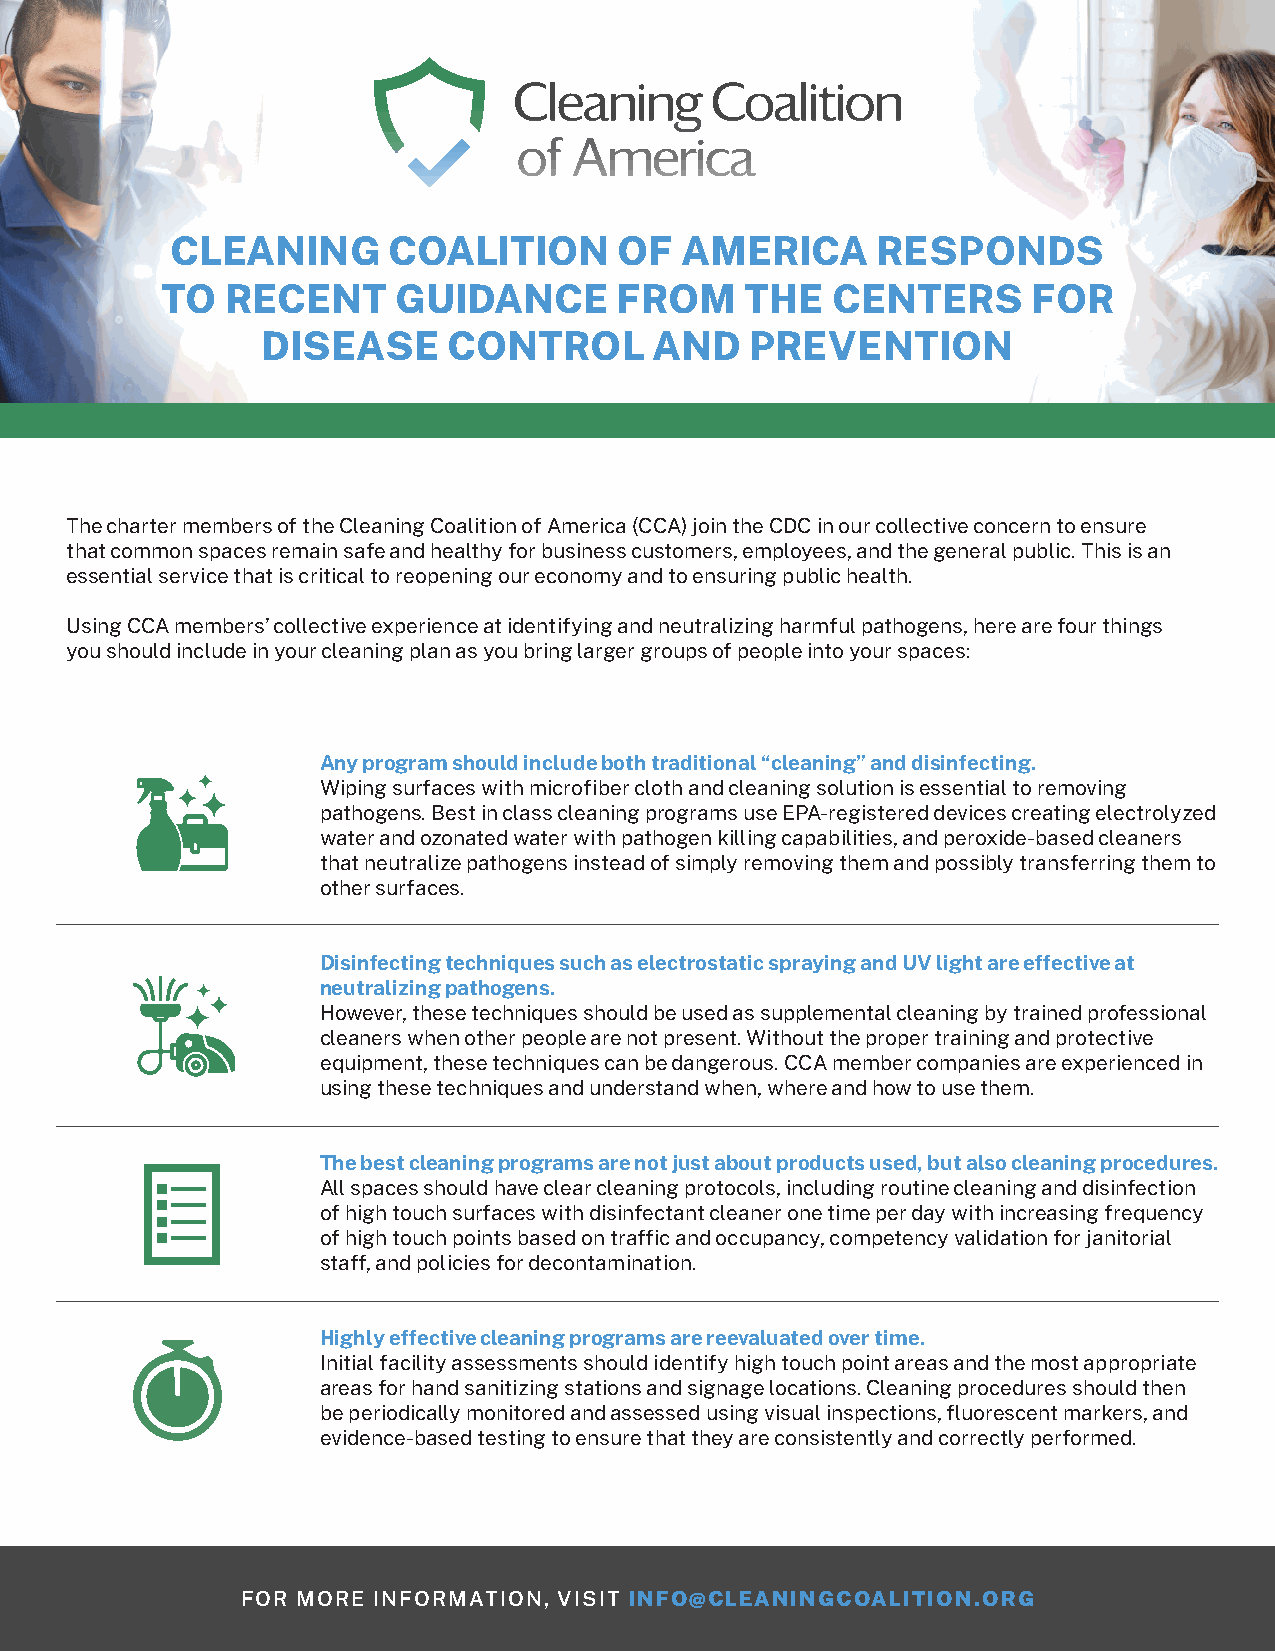
CLEANING       COALITION      OF  AMERICA      RESPONDS
 TO  RECENT     GUIDANCE       FROM    THE   CENTERS      FOR
 DISEASE      CONTROL      AND    PREVENTION
 The charter members of the Cleaning Coalition of America (CCA) join the CDC in our collective concern to ensure
 that common spaces remain safe and healthy for business customers, employees, and the general public. This is an
 essential service that is critical to reopening our economy and to ensuring public health.
 Using CCA members’ collective experience at identifying and neutralizing harmful pathogens, here are four things
 you should include in your cleaning plan as you bring larger groups of people into your spaces:
 Any program should include both traditional “cleaning” and disinfecting.
 Wiping surfaces with microfiber cloth and cleaning solution is essential to removing
 pathogens. Best in class cleaning programs use EPA-registered devices creating electrolyzed
 water and ozonated water with pathogen killing capabilities, and peroxide-based cleaners
 that neutralize pathogens instead of simply removing them and possibly transferring them to
 other surfaces.
 Disinfecting techniques such as electrostatic spraying and UV light are effective at
 neutralizing pathogens.
 However, these techniques should be used as supplemental cleaning by trained professional
 cleaners when other people are not present. Without the proper training and protective
 equipment, these techniques can be dangerous. CCA member companies are experienced in
 using these techniques and understand when, where and how to use them.
 The best cleaning programs are not just about products used, but also cleaning procedures.
 All spaces should have clear cleaning protocols, including routine cleaning and disinfection
 of high touch surfaces with disinfectant cleaner one time per day with increasing frequency
 of high touch points based on traffic and occupancy, competency validation for janitorial
 staff, and policies for decontamination.
 Highly effective cleaning programs are reevaluated over time.
 Initial facility assessments should identify high touch point areas and the most appropriate
 areas for hand sanitizing stations and signage locations. Cleaning procedures should then
 be periodically monitored and assessed using visual inspections, fluorescent markers, and
 evidence-based testing to ensure that they are consistently and correctly performed.
 FOR MORE INFORMATION, VISIT INFO@CLEANINGCOALITION.ORG